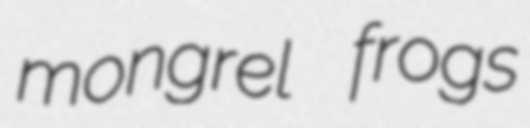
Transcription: mongrel frogs